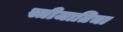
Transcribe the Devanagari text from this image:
स्त्रीजातिचा